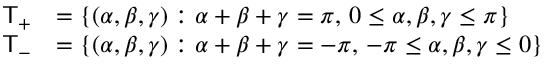
\begin{array} { r l } { { \sf { T } } _ { + } } & { = \left\{ ( \alpha , \beta , \gamma ) : \alpha + \beta + \gamma = \pi , \, 0 \leq \alpha , \beta , \gamma \leq \pi \right\} } \\ { { \sf { T } } _ { - } } & { = \left\{ ( \alpha , \beta , \gamma ) : \alpha + \beta + \gamma = - \pi , \, - \pi \leq \alpha , \beta , \gamma \leq 0 \right\} } \end{array}